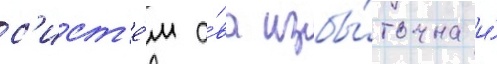
с'ист'е́м а́ва избы́точна и́